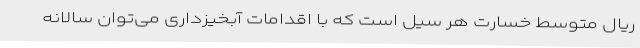
ریال متوسط خسارت هر سیل است که با اقدامات آبخیزداری می‌توان سالانه